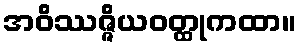
အဝိဿဇ္ဇိယဝတ္ထုကထာ။